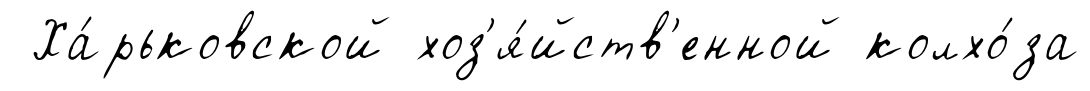
Ха́рьковской хоз'я́йств'енной колхо́за